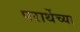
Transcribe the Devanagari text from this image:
परार्थेच्या